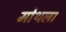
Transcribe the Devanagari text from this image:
मोथला